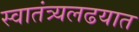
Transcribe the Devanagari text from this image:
स्वातंत्र्यलढयात